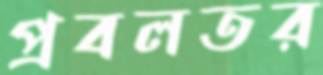
প্রবলতর